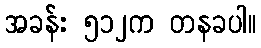
အခန်း ၅၁၂က တနခပါ။